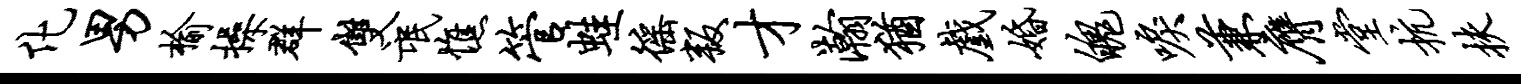
化男榆操群双氓憔管蛙徭叛才瀚犹戏婚魄唳兼膺堂抗扶